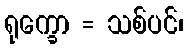
ရုက္ခော = သစ်ပင်၊